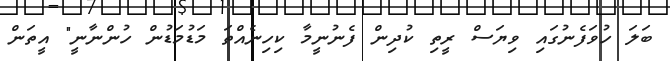
ބަލަ ހުވަފެނުގައި ވިޔަސް ރީތި ކުދިން ފެނުނީމާ ކިހިނެއްތަ މަޑުމަޑުން ހުންނާނީ" އީތަން